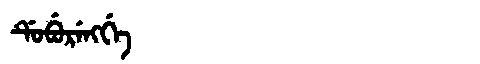
Manchu: ᡩᡠᠪᡠᡵᡝᠩᡤᡝ
Romanization: DUBURENGGE